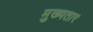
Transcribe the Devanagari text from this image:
मुख्यतार